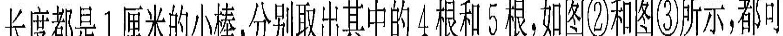
长度都是1厘米的小楼分别取出其中的4根和5根如图②和图③所示，都可